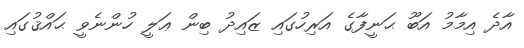
އާދެ އިމާމު އަބޫ ޙަނީފާގެ އަރިހުގައި ޒައިދު ބިން ޢަލީ ހުންނެވީ ޙައްޤުގައި